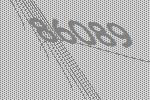
86089